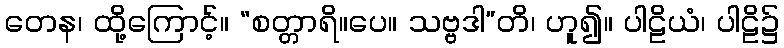
တေန၊ ထို့ကြောင့်။ “စတ္တာရိ။ပေ။ သဗ္ဗဒါ”တိ၊ ဟူ၍။ ပါဠိယံ၊ ပါဠိ၌